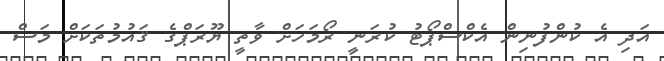
އަދި އެ ކުންފުނިން އެކްސްޕޯޓު ކުރަނީ ރޯމަހަށް ވާތީ ޔޫރަޕްގެ ޤައުމުތަކަށް މަސް